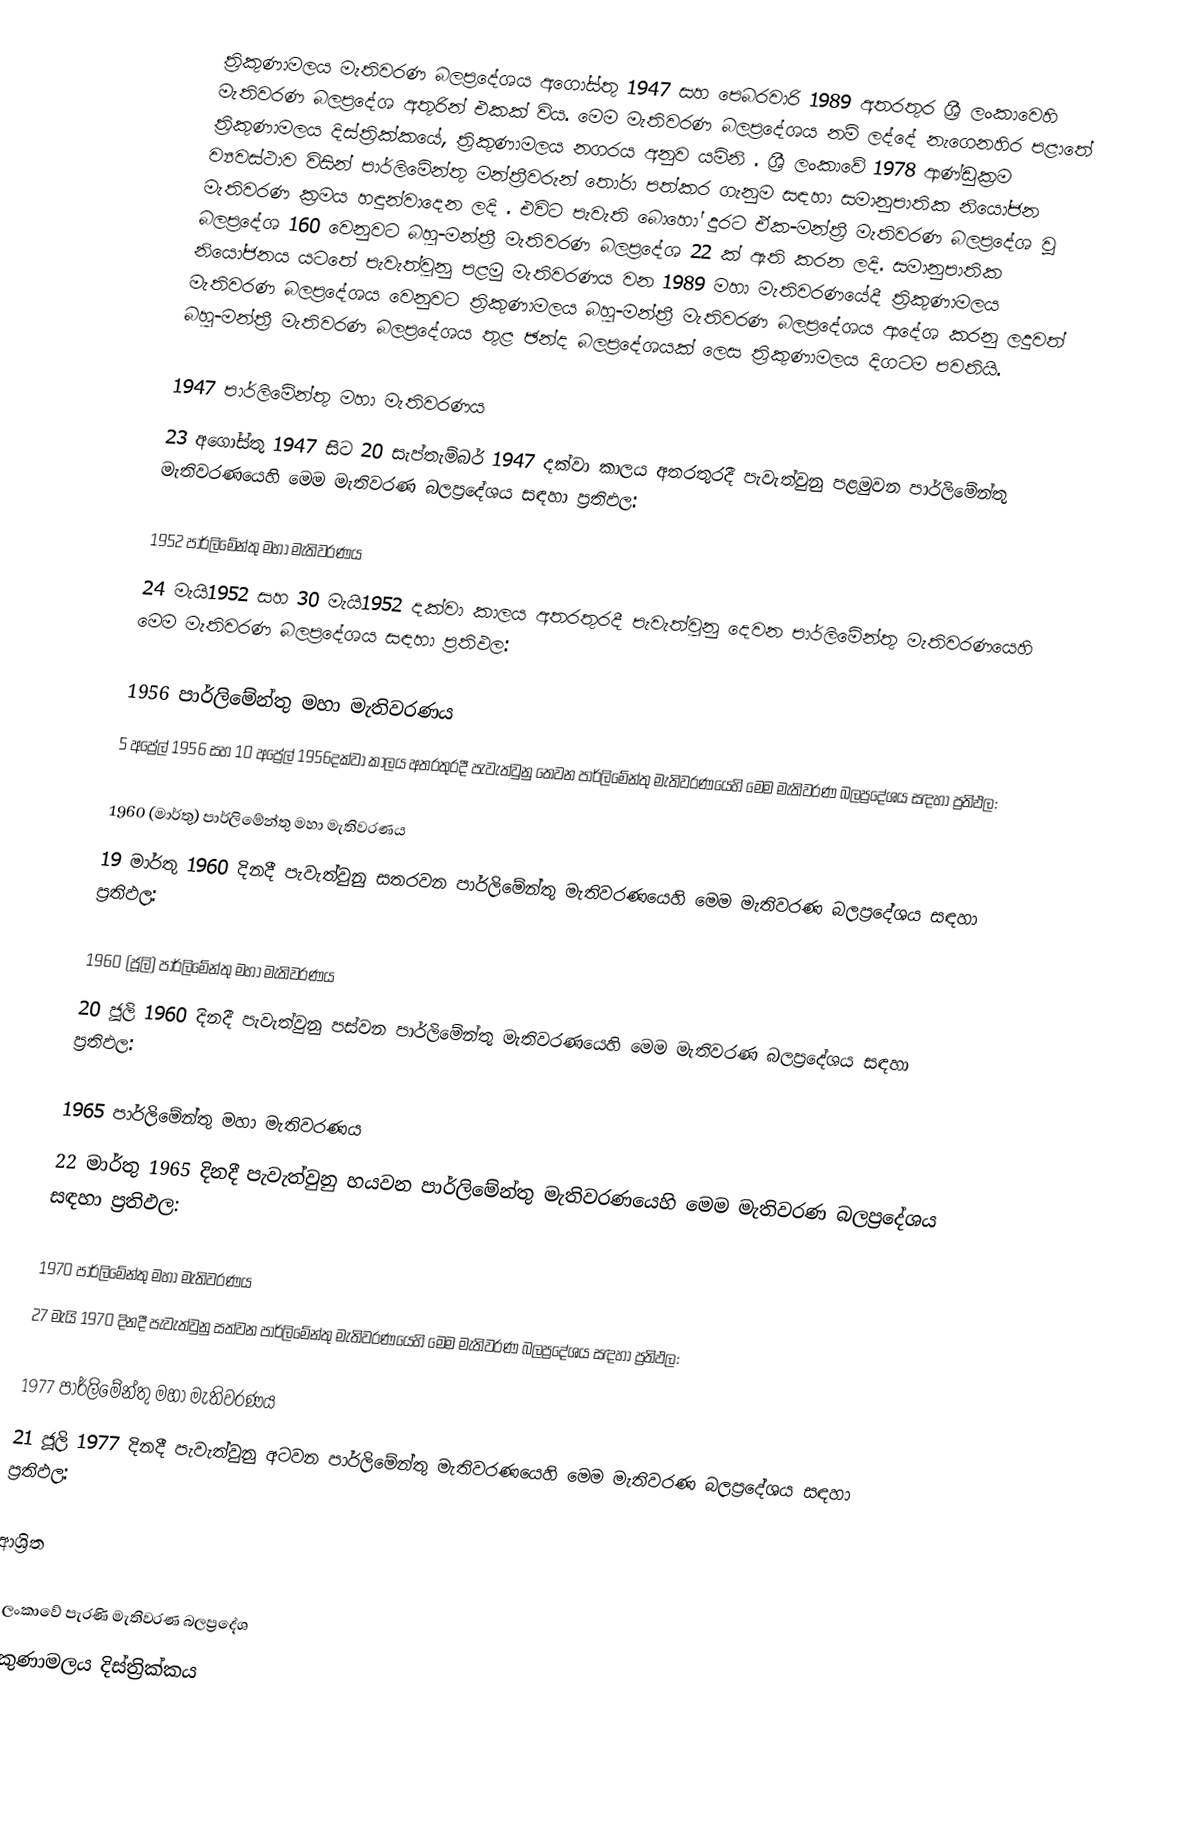
ත්‍රිකුණාමලය මැතිවරණ බලප්‍රදේශය  අගෝස්තු 1947 සහ පෙබරවාරි 1989 අතරතුර  ශ්‍රී ලංකාවෙහි  මැතිවරණ බලප්‍රදේශ අතුරින් එකක් විය. මෙම මැතිවරණ බලප්‍රදේශය නම් ලද්දේ නැගෙනහිර පළාතේ  ත්‍රිකුණාමලය දිස්ත්‍රික්කයේ,  ත්‍රිකුණාමලය නගරය අනුව යමිනි . ශ්‍රී ලංකාවේ 1978 ආණ්ඩුක්‍රම ව්‍යවස්ථාව විසින්   පාර්ලිමේන්තු මන්ත්‍රීවරුන් තෝරා පත්කර ගැනුම සඳහා සමානුපාතික නියෝජන මැතිවරණ ක්‍රමය හඳුන්වාදෙන ලදි . එවිට පැවැති බොහෝ දුරට  ඒක-මන්ත්‍රී මැතිවරණ බලප්‍රදේශ වූ බලප්‍රදේශ 160 වෙනුවට බහු-මන්ත්‍රී මැතිවරණ බලප්‍රදේශ 22 ක් ඇති කරන ලදි. සමානුපාතික නියෝජනය යටතේ පැවැත්වුනු පළමු මැතිවරණය වන 1989 මහා මැතිවරණයේදී  ත්‍රිකුණාමලය මැතිවරණ බලප්‍රදේශය වෙනුවට  ත්‍රිකුණාමලය බහු-මන්ත්‍රී මැතිවරණ බලප්‍රදේශය  ආදේශ කරනු ලදුවත් බහු-මන්ත්‍රී මැතිවරණ බලප්‍රදේශය තුළ ඡන්ද බලප්‍රදේශයක් ලෙස ත්‍රිකුණාමලය දිගටම පවතියි.

1947 පාර්ලිමේන්තු මහා මැතිවරණය
23 අගෝස්තු 1947 සිට 20 සැප්තැම්බර් 1947 දක්වා කාලය අතරතුරදී පැවැත්වුනු  පළමුවන පාර්ලිමේන්තු මැතිවරණයෙහි මෙම මැතිවරණ බලප්‍රදේශය සඳහා ප්‍රතිඵල:

1952 පාර්ලිමේන්තු මහා මැතිවරණය
24 මැයි1952 සහ 30 මැයි1952 දක්වා කාලය අතරතුරදී පැවැත්වුනු  දෙවන පාර්ලිමේන්තු මැතිවරණයෙහි මෙම මැතිවරණ බලප්‍රදේශය සඳහා ප්‍රතිඵල:

1956 පාර්ලිමේන්තු මහා මැතිවරණය
5 අප්‍රේල් 1956 සහ 10 අප්‍රේල් 1956දක්වා කාලය අතරතුරදී පැවැත්වුනු  තෙවන පාර්ලිමේන්තු මැතිවරණයෙහි මෙම මැතිවරණ බලප්‍රදේශය සඳහා ප්‍රතිඵල:

1960 (මාර්තු) පාර්ලිමේන්තු මහා මැතිවරණය
19 මාර්තු 1960 දිනදී පැවැත්වුනු  සතරවන පාර්ලිමේන්තු මැතිවරණයෙහි මෙම මැතිවරණ බලප්‍රදේශය සඳහා ප්‍රතිඵල:

1960 (ජූලි) පාර්ලිමේන්තු මහා මැතිවරණය
20 ජූලි 1960 දිනදී පැවැත්වුනු  පස්වන පාර්ලිමේන්තු මැතිවරණයෙහි මෙම මැතිවරණ බලප්‍රදේශය සඳහා ප්‍රතිඵල:

1965 පාර්ලිමේන්තු මහා මැතිවරණය
22 මාර්තු 1965  දිනදී පැවැත්වුනු  හයවන පාර්ලිමේන්තු මැතිවරණයෙහි මෙම මැතිවරණ බලප්‍රදේශය සඳහා ප්‍රතිඵල:

1970 පාර්ලිමේන්තු මහා මැතිවරණය
27 මැයි 1970 දිනදී පැවැත්වුනු  සත්වන පාර්ලිමේන්තු මැතිවරණයෙහි මෙම මැතිවරණ බලප්‍රදේශය සඳහා ප්‍රතිඵල:

1977 පාර්ලිමේන්තු මහා මැතිවරණය
21 ජූලි 1977 දිනදී පැවැත්වුනු  අටවන පාර්ලිමේන්තු මැතිවරණයෙහි මෙම මැතිවරණ බලප්‍රදේශය සඳහා ප්‍රතිඵල:

ආශ්‍රිත

ශ්‍රී ලංකාවේ පැරණි මැතිවරණ බලප්‍රදේශ
ත්‍රිකුණාමලය දිස්ත්‍රික්කය